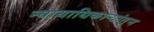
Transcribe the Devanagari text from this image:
न्यायाधिकाऱ्यांतून